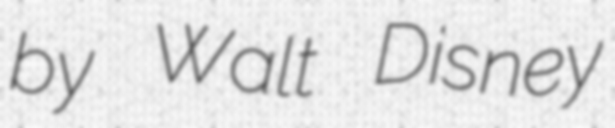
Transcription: by Walt Disney